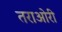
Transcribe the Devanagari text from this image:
तराओरी